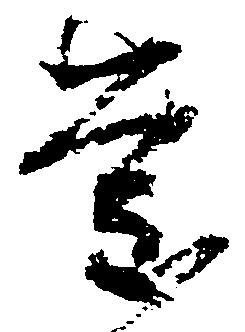
慶